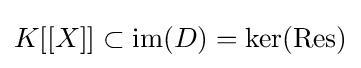
K[[X]]\subset \operatorname {im} (D)=\ker(\operatorname {Res} )